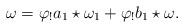
LaTeX: \begin{align*}\omega = \varphi_{!}a_{1} \star \omega_{1} + \varphi_{!} b_{1}\star \omega. \end{align*}